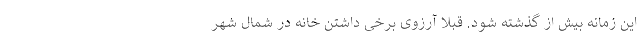
این زمانه بیش از گذشته شود. قبلا آرزوی برخی داشتن خانه در شمال شهر